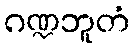
ဂဏ္ဍဘူတံ